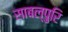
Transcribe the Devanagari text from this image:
साबल्पुरि